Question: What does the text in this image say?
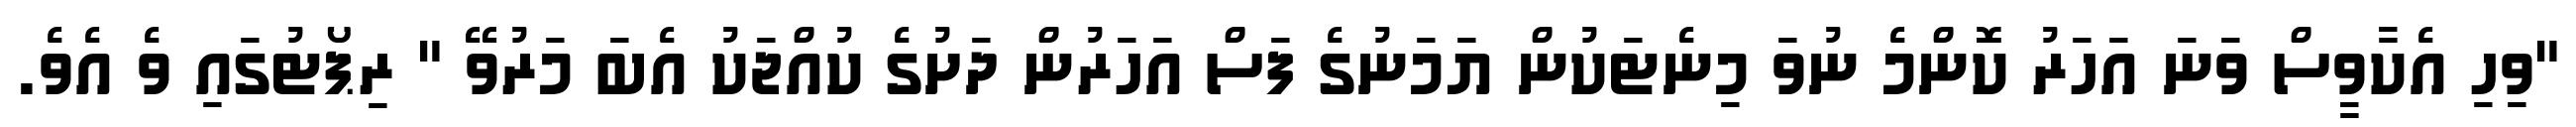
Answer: "ވިހި އެކާވީސް ވަނަ އަހަރު ކޮންމެ ނުވަ މިނެޓަކުން ޔަމަނުގެ ފަސް އަހަރުން ދަށުގެ ކުއްޖަކު އެބަ މަރުވޭ " ރިޕޯޓުގައި ވެ އެވެ.